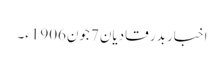
اخبار بدر قادیان 7جون1906ء۔